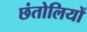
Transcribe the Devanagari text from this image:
छंतोलियों